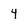
Character: 4